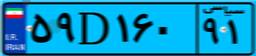
۵۹D۱۶۰۹۱